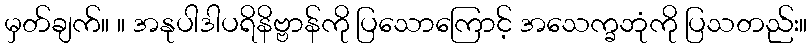
မှတ်ချက်။ ။ အနုပါဒါပရိနိဗ္ဗာန်ကို ပြသောကြောင့် အသေက္ခဘုံကို ပြသတည်း။